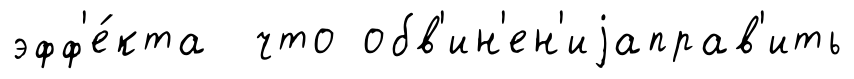
эфф'е́кта что обв'ин'ен'иjаправ'ить